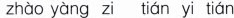
zhào yàng zi tián yi tián